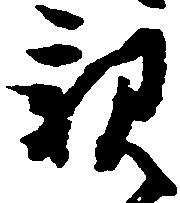
親